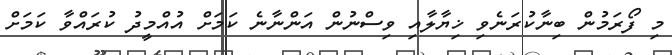
މި ފޯރަމުން ބިނާކުރަނެވި ޚިޔާލާއި ވިސްނުން އަންނާނެ ކަމަށް އުއްމީދު ކުރައްވާ ކަމަށް